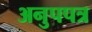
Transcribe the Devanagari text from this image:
अनुपपत्र